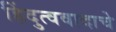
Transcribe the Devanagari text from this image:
हिंदुत्ववादाचे